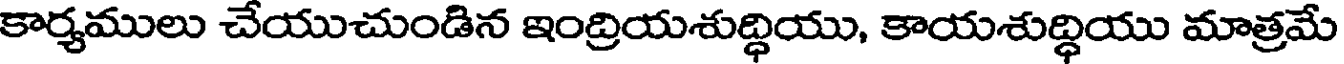
కార్యములు చేయుచుండిన ఇంద్రియశుద్ధియు, కాయశుద్ధియు మాత్రమే